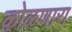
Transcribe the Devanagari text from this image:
कोळणारा